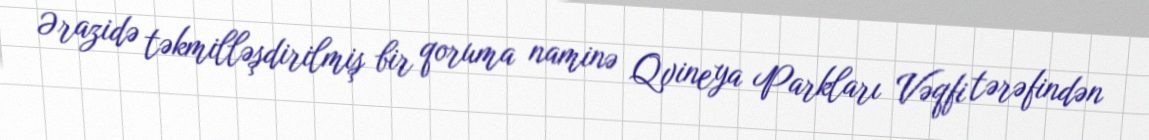
Ərazidə təkmilləşdirilmiş bir qoruma naminə Qvineya Parkları Vəqfi tərəfindən